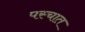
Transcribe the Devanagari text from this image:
पस्चात